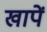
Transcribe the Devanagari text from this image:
खापें